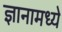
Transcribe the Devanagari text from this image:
ज्ञानामध्ये